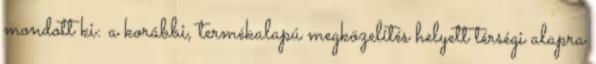
mondott ki: a korábbi, termékalapú megközelítés helyett térségi alapra